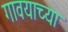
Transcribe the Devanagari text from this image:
गावयाच्या